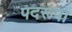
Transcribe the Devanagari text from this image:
पदरूपों